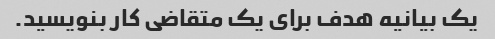
یک بیانیه هدف برای یک متقاضی کار بنویسید.